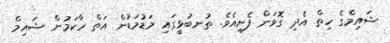
ޝައިމްގެ ހިތް އެދި ގޮވަން ފެށިއެވެ. ތުނބުޅީގައި މަޑުމަޑުން އަތް ހާކަމުން ޝައިމް